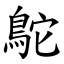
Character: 鴕